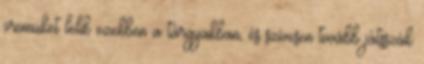
örömüket lelik ezekben a tárgyakban, és szívesen tovább játsszák